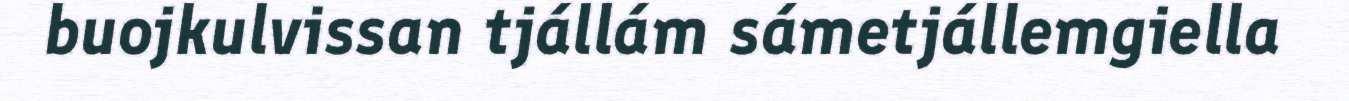
buojkulvissan tjállám sámetjállemgiella